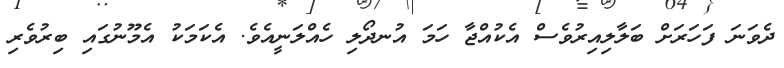
ދެވަނަ ފަހަރަށް ބަލާލިއިރުވެސް އެކުއްޖާ ހަމަ އުނދޯލި ހެއްލަނީއެވެ. އެކަމަކު އެމޫނުގައި ބިރުވެރި